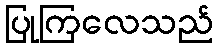
ပြုကြလေသည်